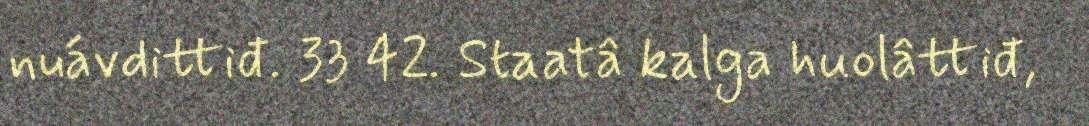
nuávdittiđ. 33 42. Staatâ kalga huolâttiđ,